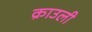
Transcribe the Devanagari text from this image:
क्राउली